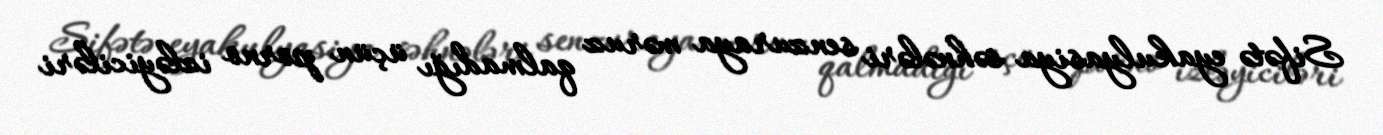
Sifətə eyakulyasiya səhnələri senzuraya məruz qalmadığı üçün porno izləyiciləri